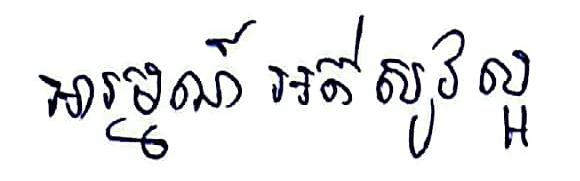
អារម្មណ៍ អត់សូវល្អ